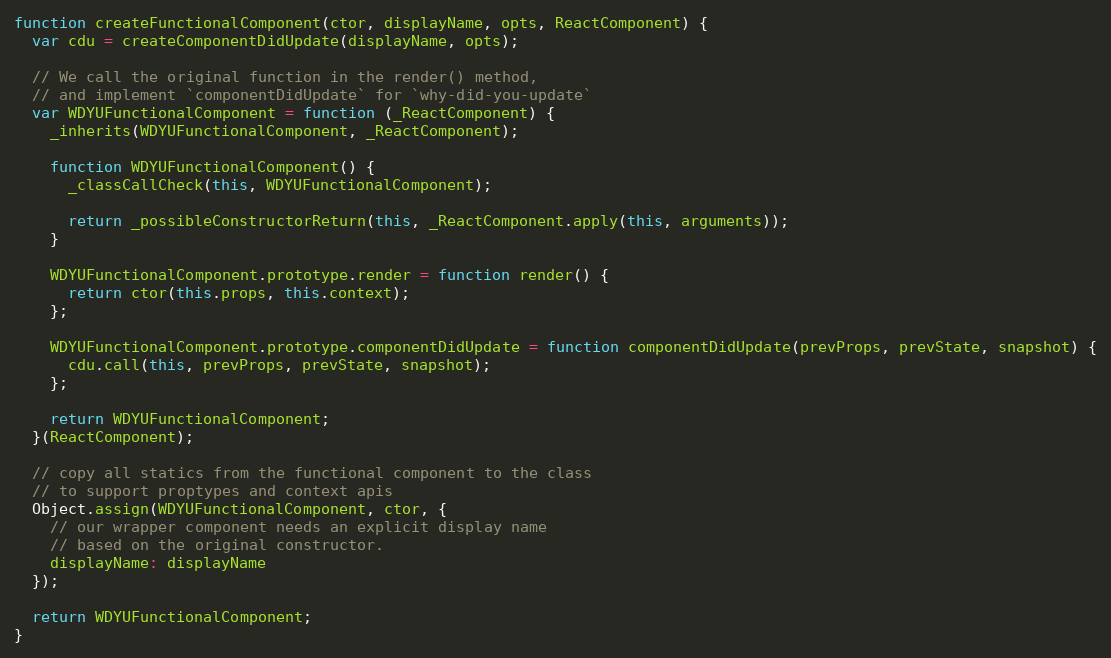
Language: JavaScript
function createFunctionalComponent(ctor, displayName, opts, ReactComponent) {
  var cdu = createComponentDidUpdate(displayName, opts);

  // We call the original function in the render() method,
  // and implement `componentDidUpdate` for `why-did-you-update`
  var WDYUFunctionalComponent = function (_ReactComponent) {
    _inherits(WDYUFunctionalComponent, _ReactComponent);

    function WDYUFunctionalComponent() {
      _classCallCheck(this, WDYUFunctionalComponent);

      return _possibleConstructorReturn(this, _ReactComponent.apply(this, arguments));
    }

    WDYUFunctionalComponent.prototype.render = function render() {
      return ctor(this.props, this.context);
    };

    WDYUFunctionalComponent.prototype.componentDidUpdate = function componentDidUpdate(prevProps, prevState, snapshot) {
      cdu.call(this, prevProps, prevState, snapshot);
    };

    return WDYUFunctionalComponent;
  }(ReactComponent);

  // copy all statics from the functional component to the class
  // to support proptypes and context apis
  Object.assign(WDYUFunctionalComponent, ctor, {
    // our wrapper component needs an explicit display name
    // based on the original constructor.
    displayName: displayName
  });

  return WDYUFunctionalComponent;
}